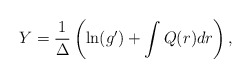
\begin{align*}Y = \frac{1}{\Delta}\left( \ln (g') + \int Q(r)dr \right),\end{align*}